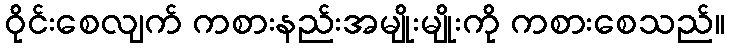
ဝိုင်းစေလျက် ကစားနည်းအမျိုးမျိုးကို ကစားစေသည်။